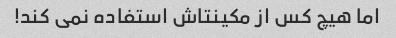
اما هیچ کس از مکینتاش استفاده نمی کند!